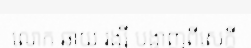
លោក ឆាយ រង្សី បង្ហាញពីសេក្តី